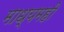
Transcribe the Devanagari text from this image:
माध्यमही